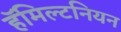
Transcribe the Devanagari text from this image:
हॅमिल्टनियन